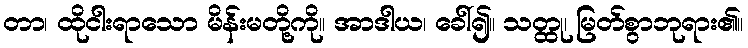
တာ၊ ထိုငါးရာသော မိန်းမတို့ကို။ အာဒါယ၊ ခေါ်၍။ သတ္ထု၊ မြတ်စွာဘုရား၏။